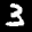
Label: 3